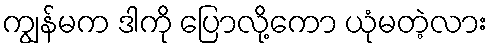
ကျွန်မက ဒါကို ပြောလို့ကော ယုံမတဲ့လား